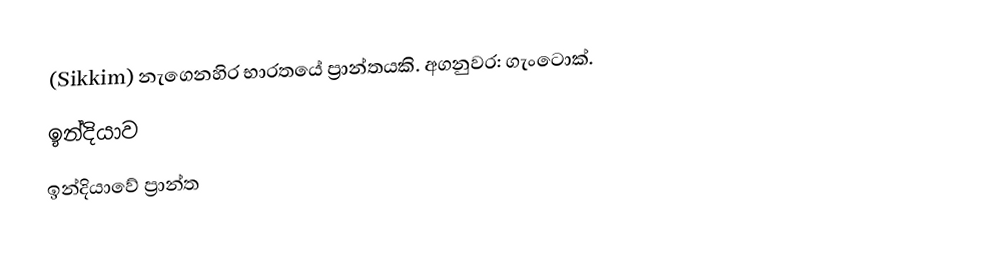
(Sikkim) නැගෙනහිර භාරතයේ ප්‍රාන්තයකි. අගනුවර: ගැංටොක්.
ඉන්දියාව
ඉන්දියාවේ ප්‍රාන්ත